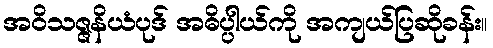
အဝိသဇ္ဇနိယံပုဒ် အဓိပ္ပါယ်ကို အကျယ်ပြဆိုခန်း။